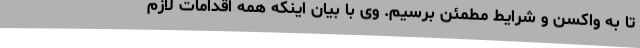
تا به واکسن و شرایط مطمئن برسیم. وی با بیان اینکه همه اقدامات لازم